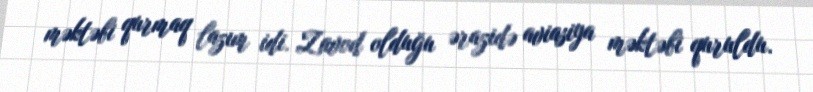
məktəbi qurmaq lazım idi. Zavod olduğu ərazidə aviasiya məktəbi quruldu.